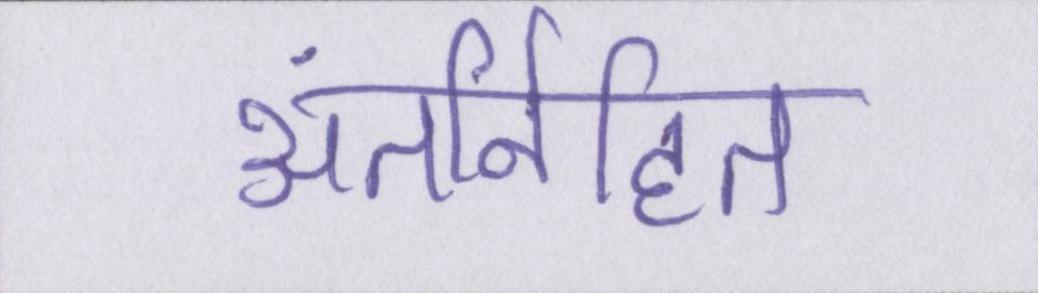
अंतर्निहित